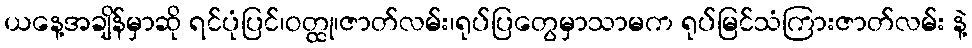
ယနေ့အချိန်မှာဆို ရင်ပုံပြင်၊ဝတ္ထု၊ဇာတ်လမ်း၊ရုပ်ပြတွေမှာသာမက ရုပ်မြင်သံကြားဇာတ်လမ်း နဲ့